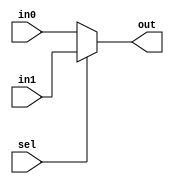
module mux2hetero #(
    parameter data_width_in0out = 1,
    parameter data_width_in1 = 1
)(
    input [data_width_in0out-1 : 0] in0,
    input [data_width_in1-1 : 0] in1,
    input sel,
    output [data_width_in0out-1 : 0] out
);

assign out = sel ? in1 : in0;

endmodule